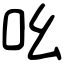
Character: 吆